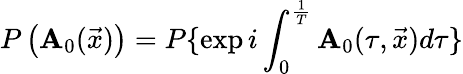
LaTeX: P\left(\mathbf{A}_{0}(\vec{{x}})\right)=P\{ \exp{i\int_{0}^{{\frac{{1}}{{T}}}}\mathbf{A}_{0}(\tau,\vec{{x}})d\tau}\}